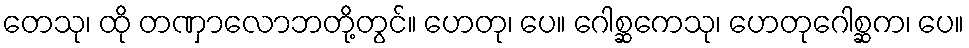
တေသု၊ ထို တဏှာလောဘတို့တွင်။ ဟေတု၊ ပေ။ ဂေါစ္ဆကေသု၊ ဟေတုဂေါစ္ဆက၊ ပေ။